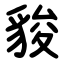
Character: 䝜